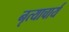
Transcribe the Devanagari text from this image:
नृत्याचार्य